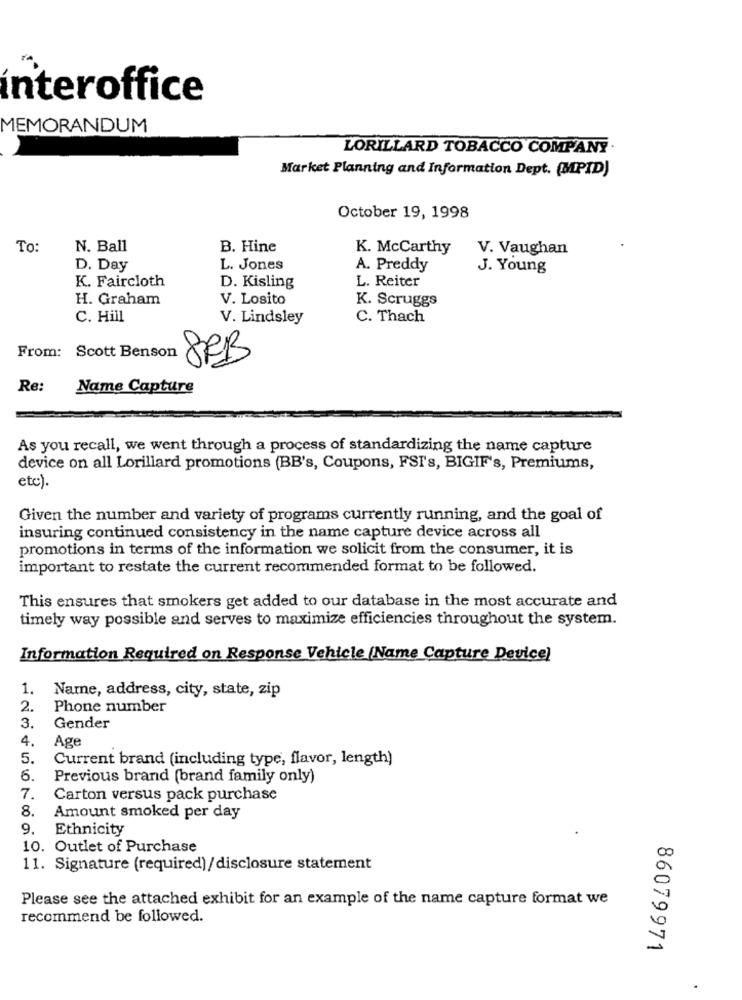
interoffice
MEMORANDUM
LORILLARD TOBACCO COMPANY ·
Market Planning and Information Dept. (MPID)
October 19, 1998
To:
N. Ball
B. Hine
K. McCarthy
V. Vaughan
D. Day
L. Jones
A. Preddy
J. Young
K. Faircloth
L. Reiter
D. Kisling
H. Graham
V. Losito
K. Scruggs
C. Hill
V. Lindsley
C. Thach
From: Scott Benson
8RB
Re:
Name Capture
As you recall, we went through a process of standardizing the name capture
device on all Lorillard promotions (BB's, Coupons, FST's, BIGIF's, Premiums,
etc).
Given the number and variety of programs currently running, and the goal of
insuring continued consistency in the name capture device across all
promotions in terms of the information we solicit from the consumer, it is
important to restate the current recommended format to be followed.
This ensures that smokers get added to our database in the most accurate and
timely way possible and serves to maximize efficiencies throughout the system.
Information Required on Response Vehicle (Name Capture Device)
1. Name, address, city, state, zip
2.
Phone number
3.
Gender
4.
Age
5.
Current brand (including type, flavor, length)
6.
Previous brand (brand family only)
7.
Carton versus pack purchase
8.
Amount smoked per day
9.
Ethnicity
10. Outlet of Purchase
11. Signature (required)/disclosure statement
Please see the attached exhibit for an example of the name capture format we
recommend be followed.
86079971